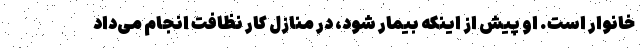
خانوار است. او پیش از اینکه بیمار شود، در منازل کار نظافت انجام می‌داد